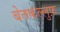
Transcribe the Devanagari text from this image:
बेतकल्लुफ़